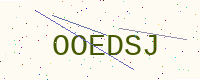
Text: OOEDSJ